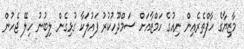
މާޒިޔާގެ ހާފްތެރެއިން ނިއުގެ ހަމްޒާއަށް ސަމްދޫހުކުރު ފައުލަކާ ގުޅިގެން ލިބުނު ހިލޭ ޖެހުން